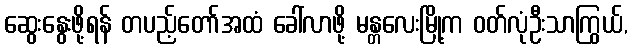
ဆွေးနွေးဖို့ရန် တပည့်တော်အထံ ခေါ်လာဖို့ မန္တလေးမြို့က ဝတ်လုံဦးသာကြွယ်,